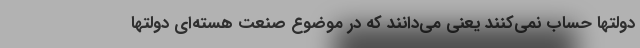
دولتها حساب نمی‌کنند یعنی می‌دانند که در موضوع صنعت هسته‌ای دولتها